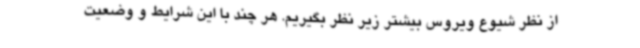
از نظر شیوع ویروس بیشتر زیر نظر بگیریم. هر چند با این شرایط و وضعیت